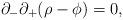
LaTeX: \begin{align*}\partial_-\partial_+(\rho - \phi) = 0,\end{align*}